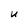
Character: U